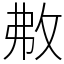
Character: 㪄